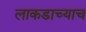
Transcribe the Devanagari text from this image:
लाकडाच्याच